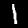
Label: 1